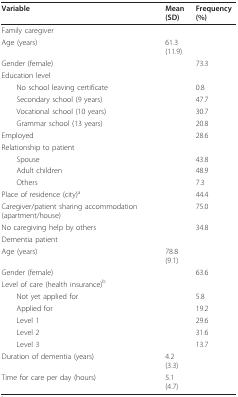
| Variable | Mean (SD) | Frequency (%) |
 | --- | --- | --- |
 | <COLSPAN=2> Family caregiver |  |
 | Age (years) | 61.3 (11.9) |  |
 | Gender (female) |  | 73.3 |
 | Education level |  |  |
 | No school leaving certificate |  | 0.8 |
 | Secondary school (9 years) |  | 47.7 |
 | Vocational school (10 years) |  | 30.7 |
 | Grammar school (13 years) |  | 20.8 |
 | Employed |  | 28.6 |
 | Relationship to patient |  |  |
 | Spouse |  | 43.8 |
 | Adult children |  | 48.9 |
 | Others |  | 7.3 |
 | Place of residence (city)a |  | 44.4 |
 | Caregiver/patient sharing accommodation (apartment/house) |  | 75.0 |
 | No caregiving help by others |  | 34.8 |
 | <COLSPAN=3> Dementia patient |
 | Age (years) | 78.8 (9.1) |  |
 | Gender (female) |  | 63.6 |
 | Level of care (health insurance)b |  |  |
 | Not yet applied for |  | 5.8 |
 | Applied for |  | 19.2 |
 | Level 1 |  | 29.6 |
 | Level 2 |  | 31.6 |
 | Level 3 |  | 13.7 |
 | Duration of dementia (years) | 4.2 (3.3) |  |
 | Time for care per day (hours) | 5.1 (4.7) |  |